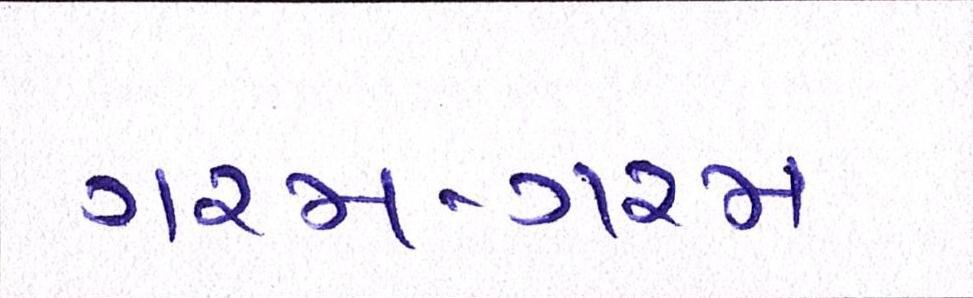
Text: ગરમ-ગરમ